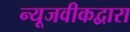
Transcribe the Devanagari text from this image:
न्यूजवीकद्वारा